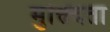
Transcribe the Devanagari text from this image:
मुक्त्दिता